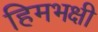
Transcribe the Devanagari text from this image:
हिमभक्षी